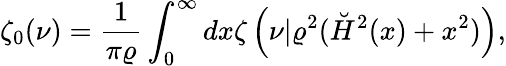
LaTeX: \zeta_{0}(\nu)={\frac{1}{\pi\varrho}}\int_{0}^{\infty}dx\zeta\left(\nu|\varrho^{2}(\breve{H}^{2}(x)+x^{2})\right),